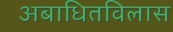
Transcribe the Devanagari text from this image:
अबाधितविलास